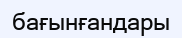
бағынғандары